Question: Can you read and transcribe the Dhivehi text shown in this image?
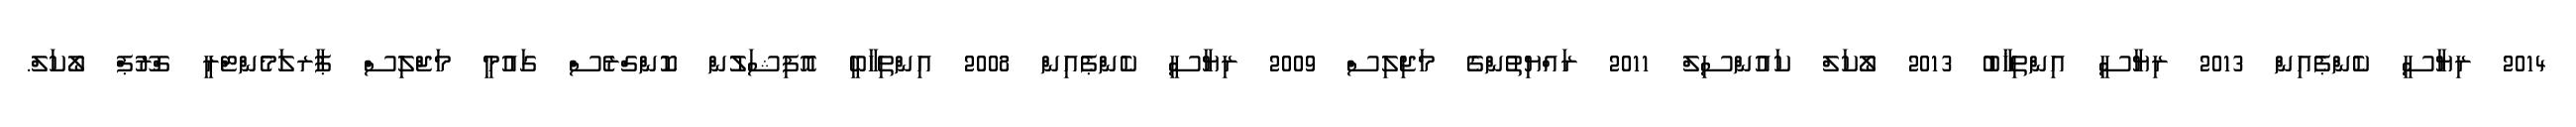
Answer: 2014 ރިޔާސީ ކެންޕެއިން 2013 ރިޔާސީ އިންތިޚާބު 2013 ލޯކަލް ކައުންސިލް 2011 ރައްޔިތުންގެ މަޖިލިސް 2009 ރިޔާސީ ކެންޕެއިން 2008 އިންތިހާބީ އޮފިޝަލުން ކޮންގްރެސް ގައުމީ މަޖްލިސް ޕާރލަމެންޓްރީ ގްރޫޕް ލޯކަލް.